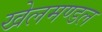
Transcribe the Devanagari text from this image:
खेलमण्डल